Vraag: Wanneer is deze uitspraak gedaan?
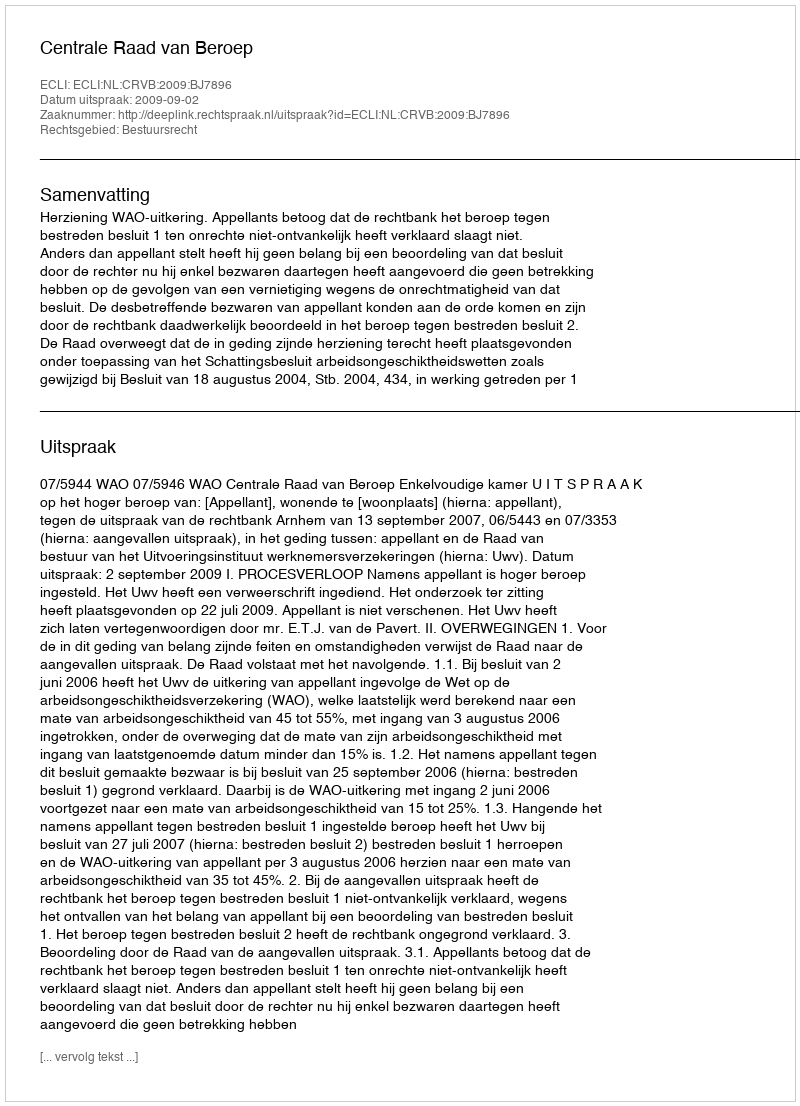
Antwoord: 2009-09-02